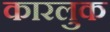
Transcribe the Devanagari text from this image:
कारलुक